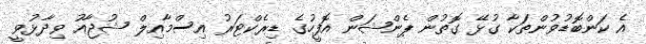
އެ ކަންބޮޑުވުންތަކާ ގުޅޭ ގޮތުން ޕެންޝަން އޮފީހުގެ ޑިރެކްޓަރު އިސްމާއިލް ޝުޖާއު ވިދާޅުވީ